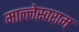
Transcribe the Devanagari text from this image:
माल्लेस्वराम